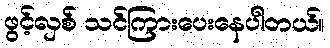
ဖွင့်လှစ် သင်ကြားပေးနေပါတယ်။